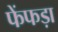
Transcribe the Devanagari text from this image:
फेंफड़ा